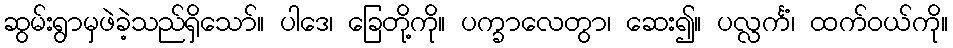
ဆွမ်းရွာမှဖဲခဲ့သည်ရှိသော်။ ပါဒေ၊ ခြေတို့ကို။ ပက္ခာလေတွာ၊ ဆေး၍။ ပလ္လင်္ကံ၊ ထက်ဝယ်ကို။